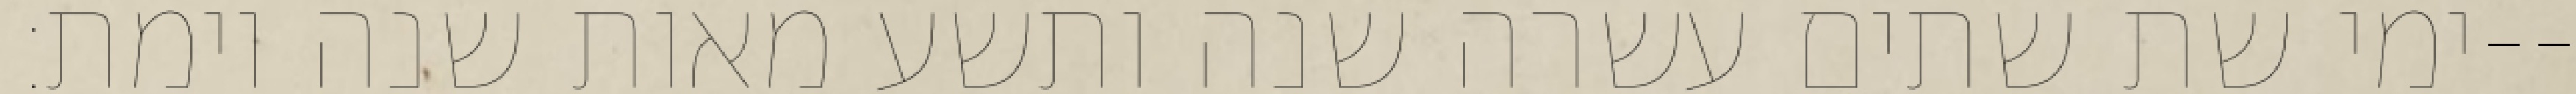
ימי שת שתים עשרה שנה ותשע מאות שנה וימת׃--